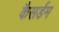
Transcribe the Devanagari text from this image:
कैसर्डम